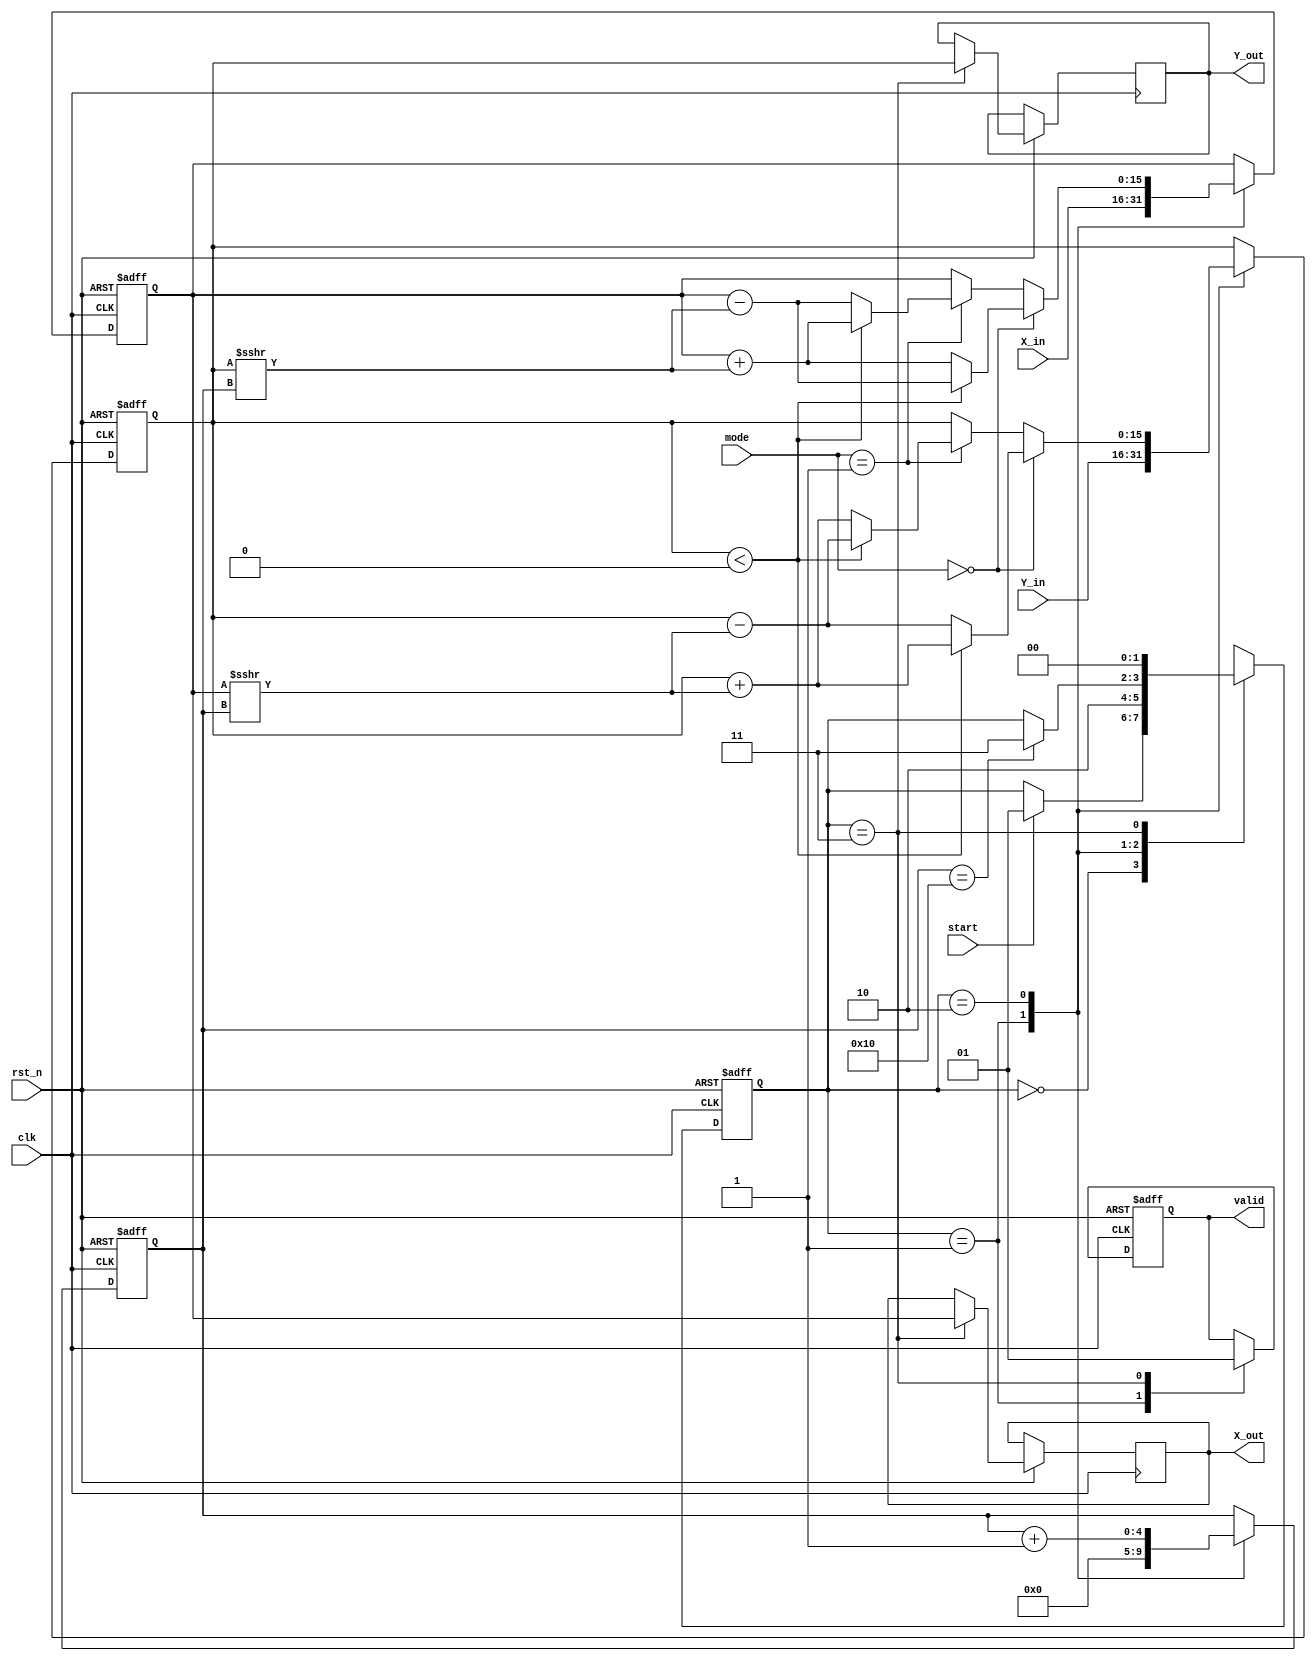
module hyperbolic_cordic #(
    parameter N = 16, // Number of iterations
    parameter WIDTH = 16 // Bit width for X and Y
) (
    input wire clk,
    input wire rst_n,
    input wire start,
    input wire [WIDTH-1:0] X_in, // Input X
    input wire [WIDTH-1:0] Y_in, // Input Y
    input wire [1:0] mode, // Mode selector (00: sinh, 01: cosh, 10: sinh_inv, 11: cosh_inv)
    output reg [WIDTH-1:0] X_out, // Output X
    output reg [WIDTH-1:0] Y_out, // Output Y
    output reg valid // Output valid signal
);

    // State Encoding
    localparam IDLE = 2'b00;
    localparam INIT = 2'b01;
    localparam ITERATE = 2'b10;
    localparam DONE = 2'b11;

    reg [1:0] state, next_state;
    reg [WIDTH-1:0] X_reg, Y_reg;
    reg [4:0] iteration; // 5 bits to hold iteration count (max N=16)

    // Precomputed hyperbolic angles (replace with actual values)
    wire [WIDTH-1:0] angles [0:N-1]; // Array for hyperbolic angles
    // Example values (these need to be filled in with actual hyperbolic angles)
    initial begin
        angles[0] = 16'h0001; // Placeholder
        angles[1] = 16'h0002; // Placeholder
        // Fill in remaining angles...
    end

    // Control FSM
    always @(posedge clk or negedge rst_n) begin
        if (!rst_n) begin
            state <= IDLE;
        end else begin
            state <= next_state;
        end
    end

    always @* begin
        next_state = state;
        case (state)
            IDLE: begin
                if (start) begin
                    next_state = INIT;
                end
            end
            INIT: begin
                next_state = ITERATE;
            end
            ITERATE: begin
                if (iteration == N) begin
                    next_state = DONE;
                end
            end
            DONE: begin
                next_state = IDLE;
            end
        endcase
    end

    // Iteration Logic
    always @(posedge clk or negedge rst_n) begin
        if (!rst_n) begin
            X_reg <= 0;
            Y_reg <= 0;
            iteration <= 0;
            valid <= 0;
        end else begin
            case (state)
                INIT: begin
                    X_reg <= X_in;
                    Y_reg <= Y_in;
                    iteration <= 0;
                    valid <= 0;
                end
                ITERATE: begin
                    // CORDIC rotation logic for hyperbolic functions
                    if (mode == 2'b00) begin // sinh
                        // Example operation for sinh
                        if (Y_reg < 0) begin
                            X_reg <= X_reg - (Y_reg >>> iteration);
                            Y_reg <= Y_reg + (X_reg >>> iteration);
                        end else begin
                            X_reg <= X_reg + (Y_reg >>> iteration);
                            Y_reg <= Y_reg - (X_reg >>> iteration);
                        end
                    end else if (mode == 2'b01) begin // cosh
                        // Example operation for cosh
                        if (Y_reg < 0) begin
                            X_reg <= X_reg + (Y_reg >>> iteration);
                            Y_reg <= Y_reg - (X_reg >>> iteration);
                        end else begin
                            X_reg <= X_reg - (Y_reg >>> iteration);
                            Y_reg <= Y_reg + (X_reg >>> iteration);
                        end
                    end
                    iteration <= iteration + 1;
                end
                DONE: begin
                    X_out <= X_reg;
                    Y_out <= Y_reg;
                    valid <= 1;
                end
            endcase
        end
    end
endmodule